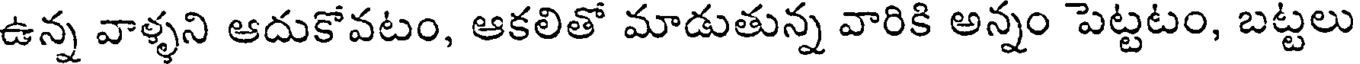
ఉన్న వాళ్ళని ఆదుకోవటం, ఆకలితో మాడుతున్న వారికి అన్నం పెట్టటం, బట్టలు